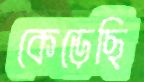
কেড়েছি